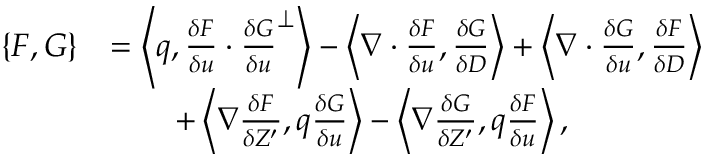
\begin{array} { r l } { \{ F , G \} } & { = \left\langle q , \frac { \delta F } { \delta u } \cdot \frac { \delta G } { \delta u } ^ { \perp } \right\rangle - \left\langle \nabla \cdot \frac { \delta F } { \delta u } , \frac { \delta G } { \delta D } \right\rangle + \left\langle \nabla \cdot \frac { \delta G } { \delta u } , \frac { \delta F } { \delta D } \right\rangle } \\ & { \qquad + \left\langle \nabla \frac { \delta F } { \delta Z ^ { \prime } } , q \frac { \delta G } { \delta u } \right\rangle - \left\langle \nabla \frac { \delta G } { \delta Z ^ { \prime } } , q \frac { \delta F } { \delta u } \right\rangle , } \end{array}